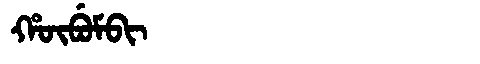
Manchu: ᡥᡡᠪᡠᠮᠪᡳ
Romanization: HŪBUMBI